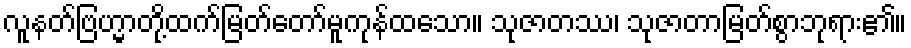
လူနတ်ဗြဟ္မာတို့ထက်မြတ်တော်မူကုန်ထသော။ သုဇာတဿ၊ သုဇာတာမြတ်စွာဘုရား၏။